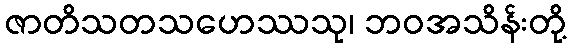
ဇာတိသတသဟေဿသု၊ ဘဝအသိန်းတို့